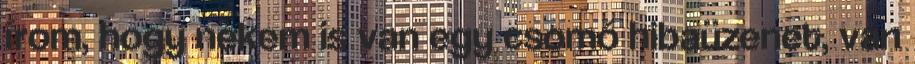
írom, hogy nekem is van egy csomó hibaüzenet, van